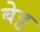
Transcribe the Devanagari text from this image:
बेट्ट